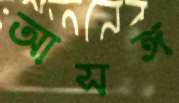
আসঙ্গ